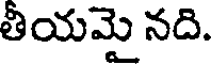
తీయమై నది.